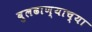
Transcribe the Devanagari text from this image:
बुलढाण्याच्या